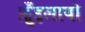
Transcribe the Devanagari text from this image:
फ़ुँइलायो